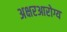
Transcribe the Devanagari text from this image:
अक्षरआरोग्य